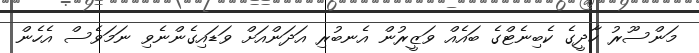
މަންސޫރު ހާދީގެ ކެބިނެޓްގެ ބައެއް ވަޒީރުން އެނބުރި އަދަންއަށް ވަޑައިގެންނެވި ނަމަވެސް އެހެން